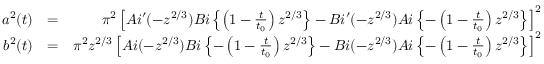
\begin{array} { r l r } { a ^ { 2 } ( t ) } & { = } & { \pi ^ { 2 } \left[ A i ^ { \prime } ( - z ^ { 2 / 3 } ) B i \left\{ \left( 1 - \frac { t } { t _ { 0 } } \right) z ^ { 2 / 3 } \right\} - B i ^ { \prime } ( - z ^ { 2 / 3 } ) A i \left\{ - \left( 1 - \frac { t } { t _ { 0 } } \right) z ^ { 2 / 3 } \right\} \right] ^ { 2 } } \\ { b ^ { 2 } ( t ) } & { = } & { \pi ^ { 2 } z ^ { 2 / 3 } \left[ A i ( - z ^ { 2 / 3 } ) B i \left\{ - \left( 1 - \frac { t } { t _ { 0 } } \right) z ^ { 2 / 3 } \right\} - B i ( - z ^ { 2 / 3 } ) A i \left\{ - \left( 1 - \frac { t } { t _ { 0 } } \right) z ^ { 2 / 3 } \right\} \right] ^ { 2 } } \end{array}